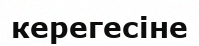
керегесіне